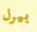
بيرل